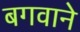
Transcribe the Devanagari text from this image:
बगवाने